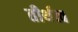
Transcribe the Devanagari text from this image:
तीर्थत्व